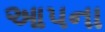
આ૫ના